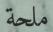
ملحة